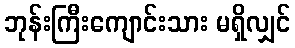
ဘုန်းကြီးကျောင်းသား မရှိလျှင်